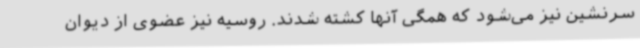
سرنشین نیز می‌شود که همگی آنها کشته شدند. روسیه نیز عضوی از دیوان